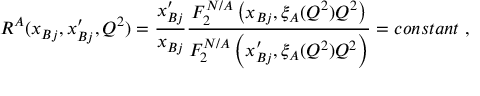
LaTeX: R ^ { A } ( x _ { B j } , x _ { B j } ^ { \prime } , Q ^ { 2 } ) = { \frac { x _ { B j } ^ { \prime } } { x _ { B j } } } { \frac { F _ { 2 } ^ { N / A } \left( x _ { B j } , \xi _ { A } ( Q ^ { 2 } ) Q ^ { 2 } \right) } { F _ { 2 } ^ { N / A } \left( x _ { B j } ^ { \prime } , \xi _ { A } ( Q ^ { 2 } ) Q ^ { 2 } \right) } } = c o n s t a n t ~ ,